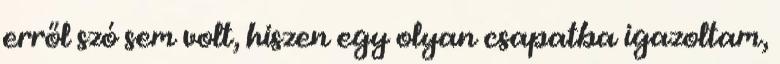
erről szó sem volt, hiszen egy olyan csapatba igazoltam,